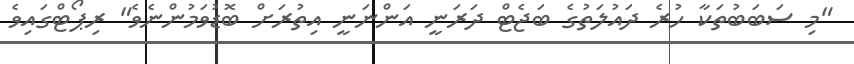
"މި ސަބަބުތަކާ ހުރެ ދައުލަތުގެ ބަޖެޓް ދަރަނީ އަންނަނީ އިތުރަށް ބޮޑުވަމުންނެވެ" ރިޕޯޓްގައިވެ